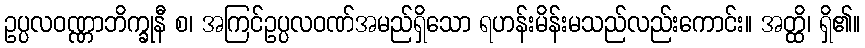
ဥပ္ပလဝဏ္ဏာဘိက္ခုနီ စ၊ အကြင်ဥပ္ပလဝဏ်အမည်ရှိသော ရဟန်းမိန်းမသည်လည်းကောင်း။ အတ္ထိ၊ ရှိ၏။